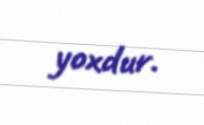
yoxdur.